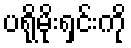
ပရိုမိုးရှင်းကို